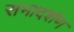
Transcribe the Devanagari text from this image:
सभादर्शण